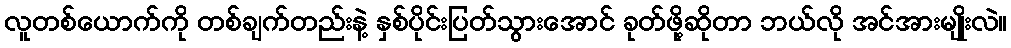
လူတစ်ယောက်ကို တစ်ချက်တည်းနဲ့ နှစ်ပိုင်းပြတ်သွားအောင် ခုတ်ဖို့ဆိုတာ ဘယ်လို အင်အားမျိုးလဲ။